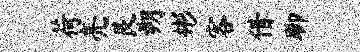
荷亮艮朔彬客借聊